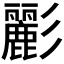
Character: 彲